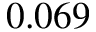
0 . 0 6 9